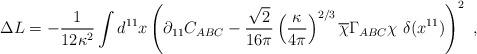
LaTeX: \begin{align*}\Delta L = -{1\over 12 \kappa^2}\int d^{11} x \left( \partial_{11} C_{ABC} - {\sqrt{2}\over 16\pi}\left({\kappa\over 4\pi}\right)^{2/3} \overline{\chi} \Gamma_{ABC} \chi\ \delta(x^{11}) \right)^2 \ ,\end{align*}